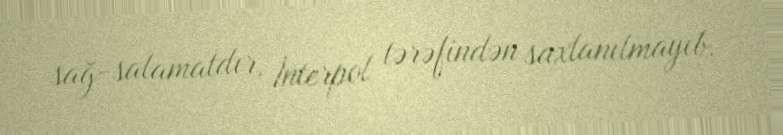
sağ-salamatdır, İnterpol tərəfindən saxlanılmayıb.